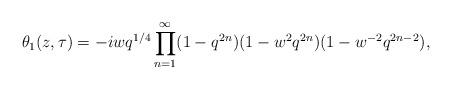
LaTeX: \begin{align*}\theta_1(z,\tau) = -i w q^{1/4} \prod_{n=1}^{\infty} (1-q^{2n})(1- w^2 q^{2n})(1- w^{-2} q^{2n-2}),\end{align*}